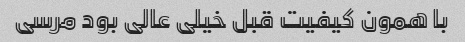
با همون کیفیت قبل خیلی عالی بود مرسی